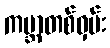
ကမ္ဘာတစ်ဝှမ်း